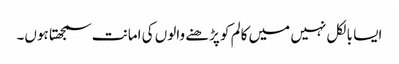
ایسا بالکل نہیں میں کالم کو پڑھنے والوں کی امانت سمجھتا ہوں۔